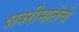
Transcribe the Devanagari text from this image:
शबरीमातेचे